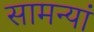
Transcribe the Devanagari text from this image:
सामन्यां